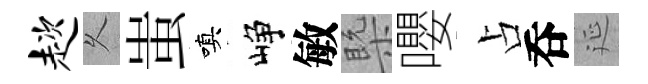
趑乆蚩嗔峥敏槩嚶占呑延